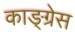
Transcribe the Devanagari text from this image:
काङ्ग्रेस